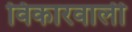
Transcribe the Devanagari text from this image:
विकारवाली